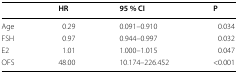
<table><thead><tr><td></td><td><b>HR</b></td><td><b>95 % CI</b></td><td><b>P</b></td></tr></thead><tbody><tr><td>Age</td><td>0.29</td><td>0.091–0.910</td><td>0.034</td></tr><tr><td>FSH</td><td>0.97</td><td>0.944–0.997</td><td>0.032</td></tr><tr><td>E2</td><td>1.01</td><td>1.000–1.015</td><td>0.047</td></tr><tr><td>OFS</td><td>48.00</td><td>10.174–226.452</td><td>&lt;0.001</td></tr></tbody></table>